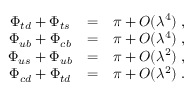
\begin{array} { c c c } { { \Phi _ { t d } + \Phi _ { t s } } } & { { = } } & { { \pi + O ( \lambda ^ { 4 } ) \; , } } \\ { { \Phi _ { u b } + \Phi _ { c b } } } & { { = } } & { { \pi + O ( \lambda ^ { 4 } ) \; , } } \\ { { \Phi _ { u s } + \Phi _ { u b } } } & { { = } } & { { \pi + O ( \lambda ^ { 2 } ) \; , } } \\ { { \Phi _ { c d } + \Phi _ { t d } } } & { { = } } & { { \pi + O ( \lambda ^ { 2 } ) \; . } } \end{array}